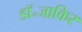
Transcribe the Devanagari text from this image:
डॉ॰जाकिर